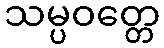
သမ္ပဝတ္တေ